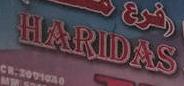
haridas